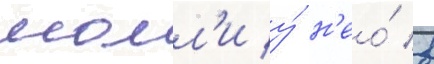
молл'и у́ н'ео́ в